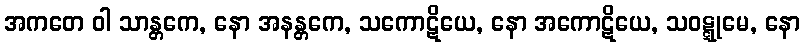
အကတေ ဝါ သာန္တကေ, နော အနန္တကေ, သကောဋိယေ, နော အကောဋိယေ, သဝဋ္ဋုမေ, နော